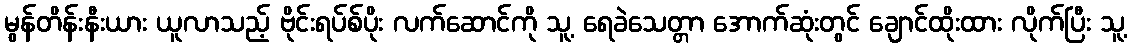
မွန်တိန်းနီးယား ယူလာသည့် ဗိုင်းရပ်စ်ပိုး လက်ဆောင်ကို သူ့ ရေခဲသေတ္တာ အောက်ဆုံးတွင် ချောင်ထိုးထား လိုက်ပြီး သူ့